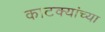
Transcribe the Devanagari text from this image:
काटक्यांच्या